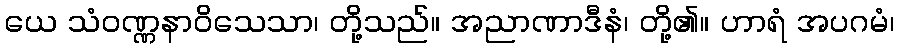
ယေ သံဝဏ္ဏနာဝိသေသာ၊ တို့သည်။ အညာဏာဒီနံ၊ တို့၏။ ဟာရံ အပဂမံ၊